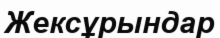
Жексұрындар